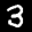
Label: 3